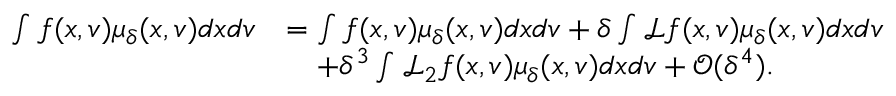
\begin{array} { r l } { \int f ( x , v ) \mu _ { \delta } ( x , v ) d x d v } & { = \int f ( x , v ) \mu _ { \delta } ( x , v ) d x d v + \delta \int \mathcal { L } f ( x , v ) \mu _ { \delta } ( x , v ) d x d v } \\ & { \quad + \delta ^ { 3 } \int \mathcal { L } _ { 2 } f ( x , v ) \mu _ { \delta } ( x , v ) d x d v + \mathcal { O } ( \delta ^ { 4 } ) . } \end{array}